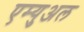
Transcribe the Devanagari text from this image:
एम्युअल